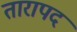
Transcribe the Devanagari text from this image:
तारापद